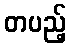
တပည့်